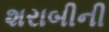
શરાબીની